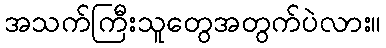
အသက်ကြီးသူတွေအတွက်ပဲလား။